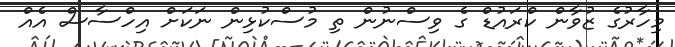
މިހާރުގެ ޒުވާން ކްރައުޑް ގެ ވިސްނުން ތި މުސްކުޅިން ނަކަށް އިހްސާސް އެއް